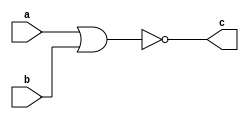
`timescale 1ns / 1ps
//////////////////////////////////////////////////////////////////////////////////
// Company: 
// Engineer: 
// 
// Design Name: 
// Module Name: nor_1
// Project Name: 
// Target Devices: 
// Tool Versions: 
// Description: 
// 
// Dependencies: 
// 
// Revision:
// Revision 0.01 - File Created
// Additional Comments:
// 
//////////////////////////////////////////////////////////////////////////////////


module nor_1(a,b,c);
input a,b;
output c;
assign c=~(a|b);
endmodule